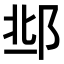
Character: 𨛆